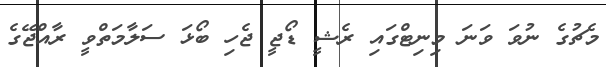
މެޗުގެ ނުވަ ވަނަ މިނިޓްގައި ރެޝީ ޑޯޖީ ޖެހި ބޯޅަ ސަލާމަތްވީ ރާއްޖޭގެ